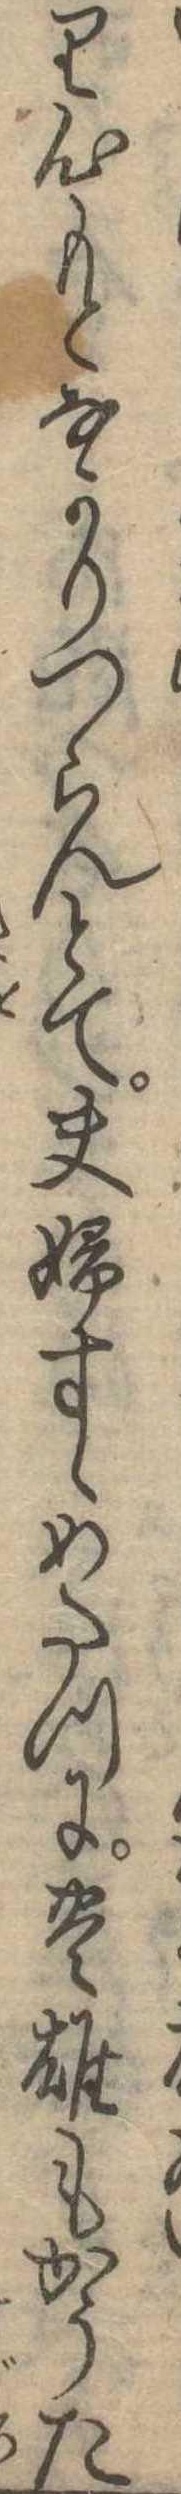
り心もとなかりつらんとて夫婦すゝめたつに豊雄もかうた